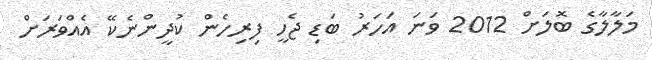
މަލާލާގެ ބޮލަށް 2012 ވަނަ އަހަރު ބަޑި ޖެހީ ފިރިހެން ކުދީީންނެކޭ އެއްވަރަށް